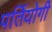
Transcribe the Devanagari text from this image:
पर्तियोगी